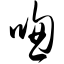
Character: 唿